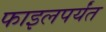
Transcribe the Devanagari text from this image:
फाइलपर्यंत